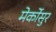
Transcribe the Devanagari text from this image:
मेर्कोसुर